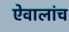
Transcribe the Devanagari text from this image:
ऐवालांच